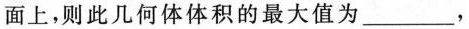
面上，则此几何体体积的最大值为___，